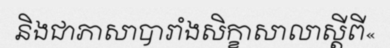
និងជាភាសាបារាំងសិក្ខាសាលាស្តីពី«